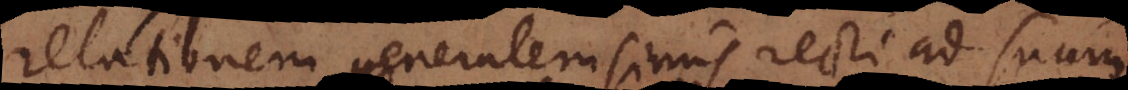
relationem generalem sinus recti ad suum